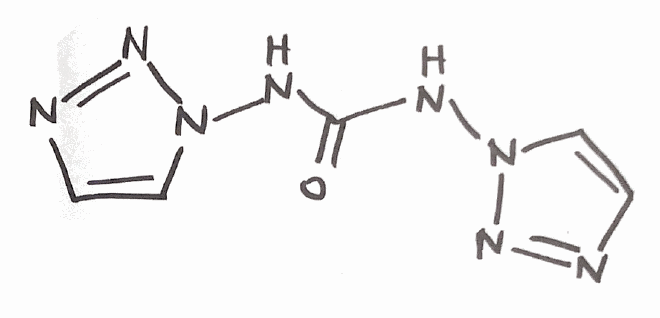
Simplified molecular-input line-entry system (SMILES) notation of the given molecule:
C1=CN(N=N1)NC(=O)NN2C=CN=N2